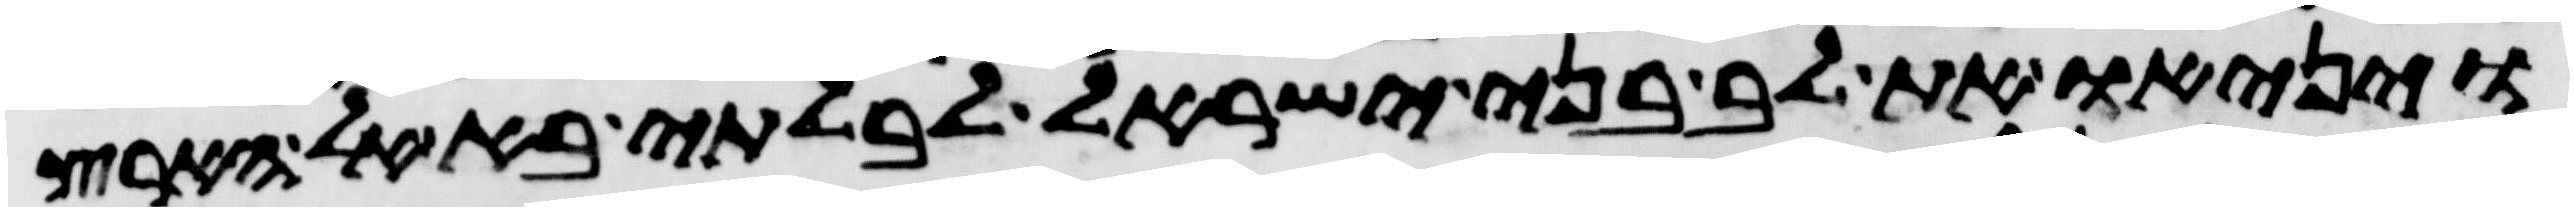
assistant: ויניאו את לב בני ישראל לבלתי בא אל הארץ